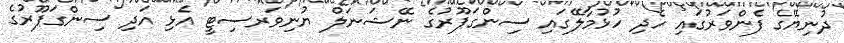
ދުނިޔޭގެ ފެންވަރުގައި ހެދި ހުޅުމާލޭގައި ސިންގަޕޫރުގެ ނޭޝަނަލް ޔުނިވަރސިޓީ އެޅި އަދި ސިންގަޕޫރުގެ